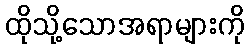
ထိုသို့သောအရာများကို